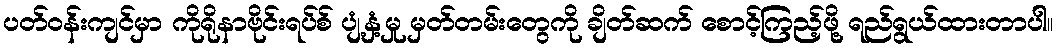
ပတ်ဝန်းကျင်မှာ ကိုရိုနာဗိုင်းရပ်စ် ပျံ့နှံ့မှု မှတ်တမ်းတွေကို ချိတ်ဆက် စောင့်ကြည့်ဖို့ ရည်ရွယ်ထားတာပါ။